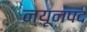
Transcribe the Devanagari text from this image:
न्यूनपद